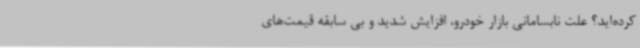
کرده‌اید؟ علت نابسامانی بازار خودرو، افزایش شدید و بی سابقه قیمت‌های